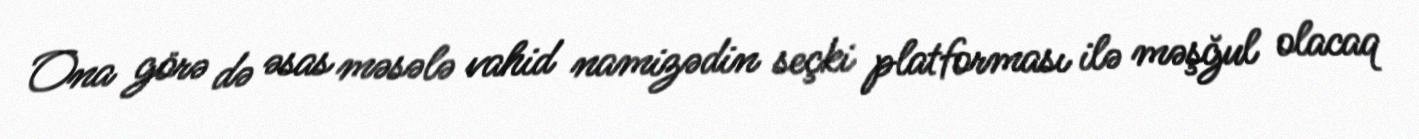
Ona görə də əsas məsələ vahid namizədin seçki platforması ilə məşğul olacaq